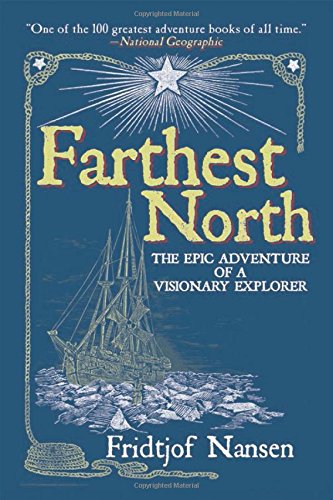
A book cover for Farthest North: The Epic Adventure of a Visionary Explorer; Fridtjof Nansen; History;